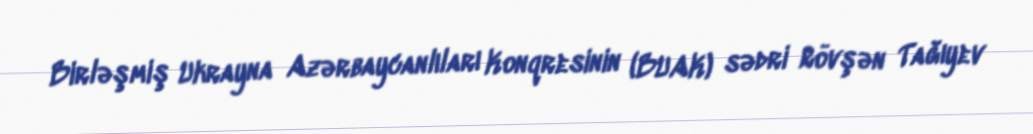
Birləşmiş Ukrayna Azərbaycanlıları Konqresinin (BUAK) sədri Rövşən Tağıyev